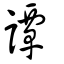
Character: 譚